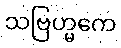
သဗြဟ္မကေ